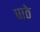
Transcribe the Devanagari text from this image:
पाठे